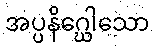
အပ္ပနိဂ္ဃေါသော